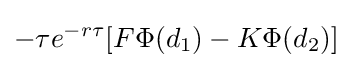
-\tau e^{-r\tau }[F\Phi (d_{1})-K\Phi (d_{2})]\